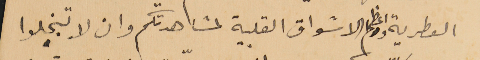
العطرية واعظم الاشواق القلبية لمشاهدتكم وان لا تبخلوا